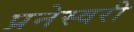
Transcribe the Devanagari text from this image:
प्रनेस्वरी